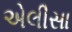
એલીસા